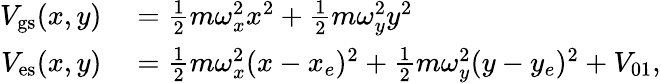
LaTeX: \begin{array}{rl}{V_{\mathrm{gs}}(x,y)}&{{}=\frac{1}{2}m\omega_{x}^{2}x^{2}+\frac{1}{2}m\omega_{y}^{2}y^{2}}\\ {V_{\mathrm{es}}(x,y)}&{{}=\frac{1}{2}m\omega_{x}^{2}(x-x_{e})^{2}+\frac{1}{2}m\omega_{y}^{2}(y-y_{e})^{2}+V_{01},}\end{array}